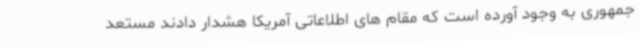
جمهوری به وجود آورده است که مقام های اطلاعاتی آمریکا هشدار دادند مستعد